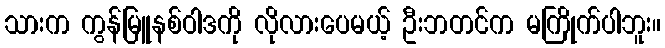
သားက ကွန်မြူနစ်ဝါဒကို လိုလားပေမယ့် ဦးဘတင်က မကြိုက်ပါဘူး။